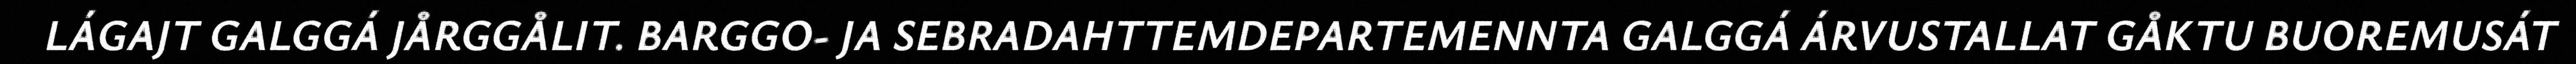
LÁGAJT GALGGÁ JÅRGGÅLIT. BARGGO- JA SEBRADAHTTEMDEPARTEMENNTA GALGGÁ ÁRVUSTALLAT GÅKTU BUOREMUSÁT